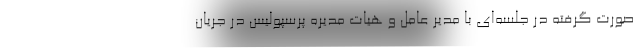
صورت گرفته در جلسه‌ای با مدیر عامل و هیات مدیره پرسپولیس در جریان